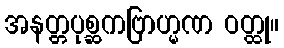
အနတ္တပုစ္ဆကဗြာဟ္မဏ ဝတ္ထု။